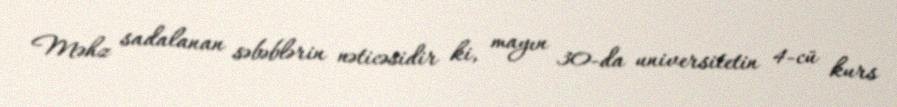
Məhz sadalanan səbəblərin nəticəsidir ki, mayın 30-da universitetin 4-cü kurs